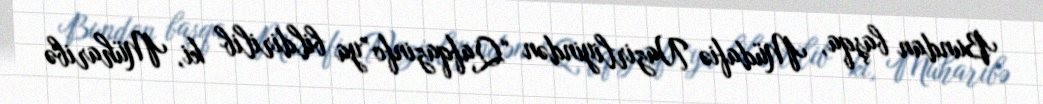
Bundan başqa, Müdafiə Nazirliyindən “Qafqazinfo”ya bildirilib ki, Müharibə